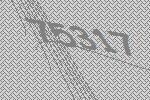
75317